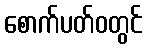
စောက်ပတ်ဝတွင်